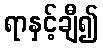
ရာနှင့်ချီ၍